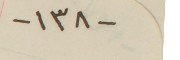
-١٣٨-